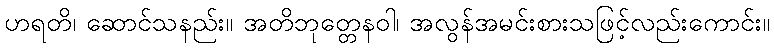
ဟရတိ၊ ဆောင်သနည်း။ အတိဘုတ္တေနဝါ၊ အလွန်အမင်းစားသဖြင့်လည်းကောင်း။